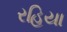
રહિયા